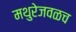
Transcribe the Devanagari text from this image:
मथुरेजवळच